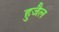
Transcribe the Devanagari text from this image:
हुजैल